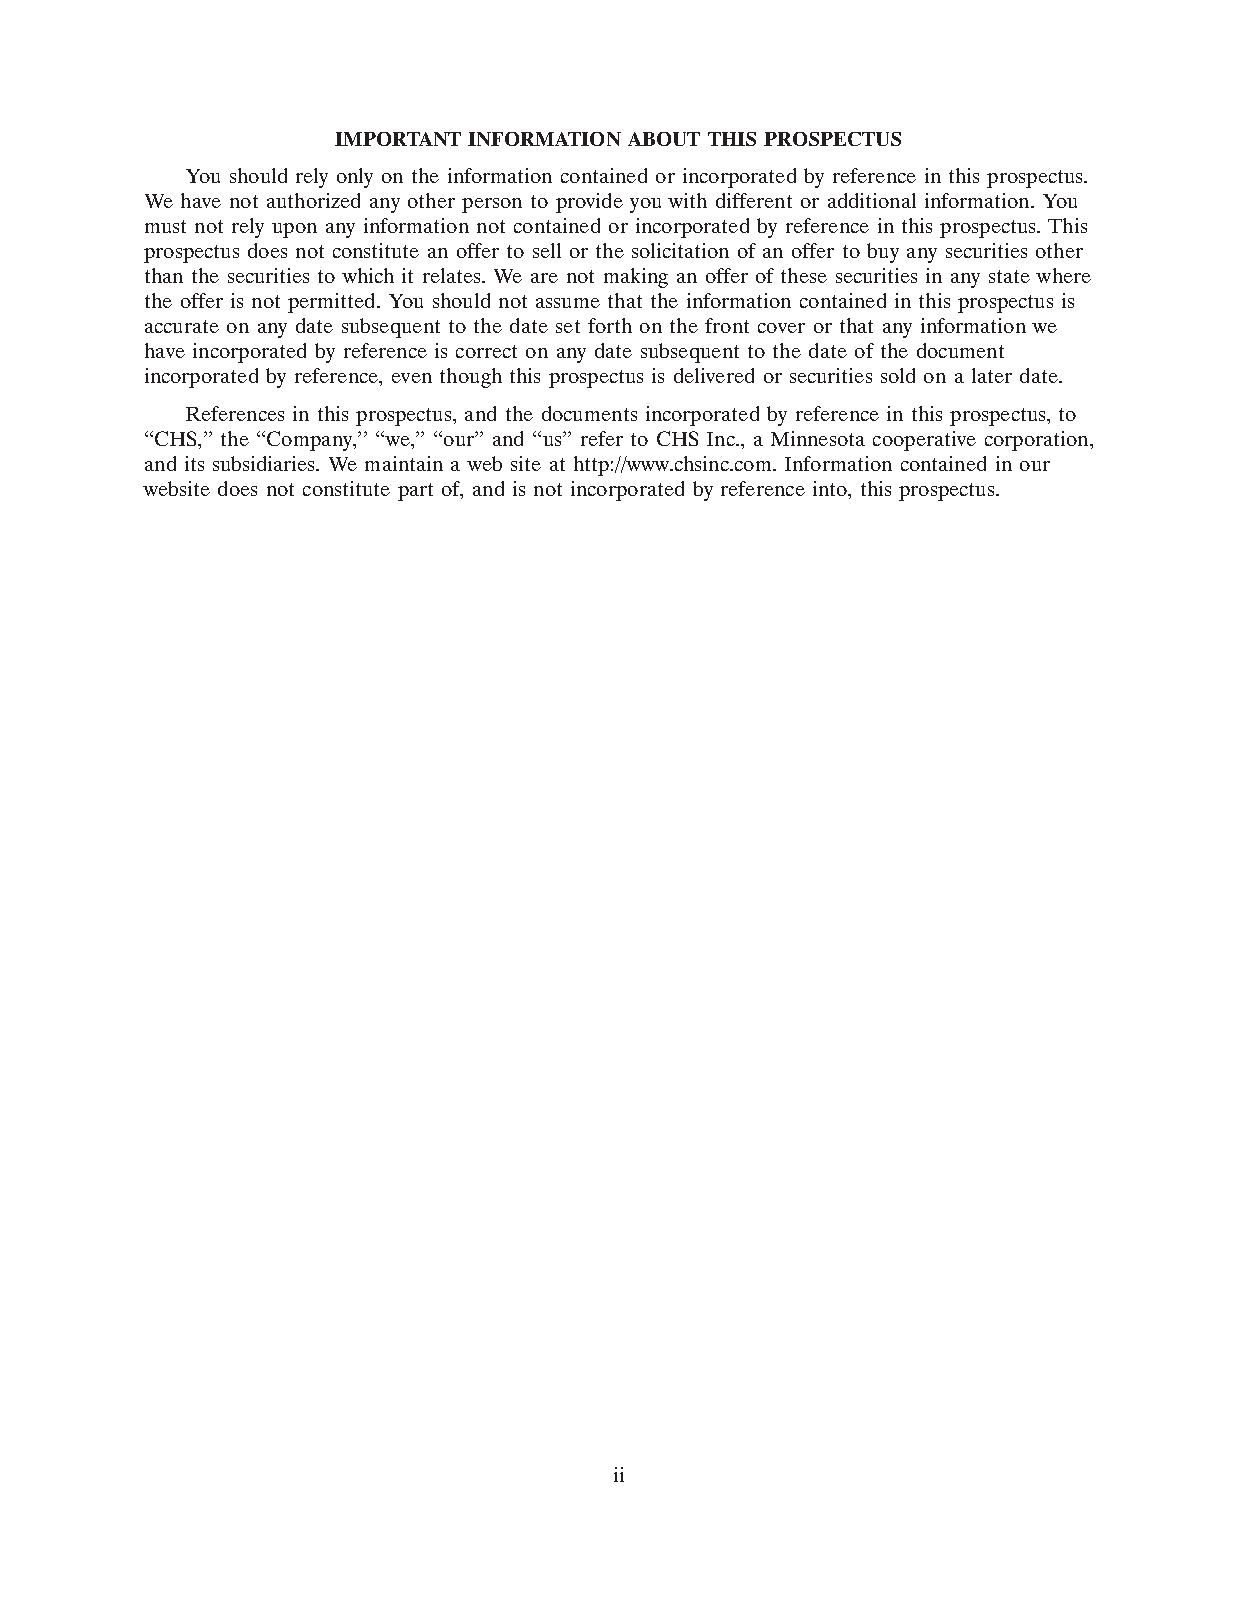
IMPORTANT INFORMATION ABOUT THIS PROSPECTUS
 You should rely only on the information contained or incorporated by reference in this prospectus.
 We have not authorized any other person to provide you with different or additional information. You
 must not rely upon any information not contained or incorporated by reference in this prospectus. This
 prospectus does not constitute an offer to sell or the solicitation of an offer to buy any securities other
 than the securities to which it relates. We are not making an offer of these securities in any state where
 the offer is not permitted. You should not assume that the information contained in this prospectus is
 accurate on any date subsequent to the date set forth on the front cover or that any information we
 have incorporated by reference is correct on any date subsequent to the date of the document
 incorporated by reference, even though this prospectus is delivered or securities sold on a later date.
 References in this prospectus, and the documents incorporated by reference in this prospectus, to
 ‘‘CHS,’’ the ‘‘Company,’’ ‘‘we,’’ ‘‘our’’ and ‘‘us’’ refer to CHS Inc., a Minnesota cooperative corporation,
 and its subsidiaries. We maintain a web site at http://www.chsinc.com. Information contained in our
 website does not constitute part of, and is not incorporated by reference into, this prospectus.
 ii